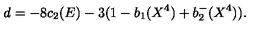
d = - 8 c _ { 2 } ( E ) - 3 ( 1 - b _ { 1 } ( X ^ { 4 } ) + b _ { 2 } ^ { - } ( X ^ { 4 } ) ) .